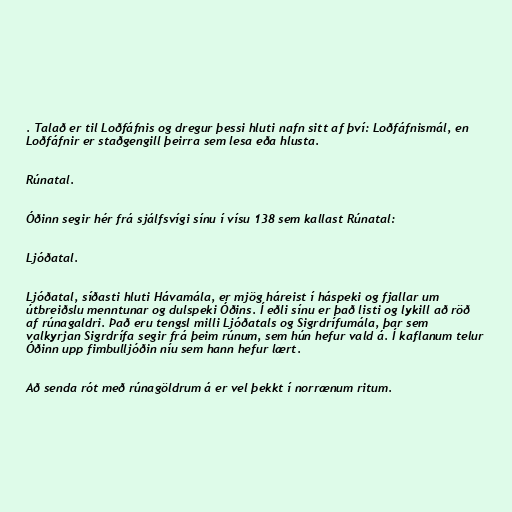
. Talað er til Loðfáfnis og dregur þessi hluti nafn sitt af því: Loðfáfnismál, en
Loðfáfnir er staðgengill þeirra sem lesa eða hlusta.

Rúnatal.

Óðinn segir hér frá sjálfsvígi sínu í vísu 138 sem kallast Rúnatal:

Ljóðatal.

Ljóðatal, síðasti hluti Hávamála, er mjög háreist í háspeki og fjallar um
útbreiðslu menntunar og dulspeki Óðins. Í eðli sínu er það listi og lykill að röð
af rúnagaldri. Það eru tengsl milli Ljóðatals og Sigrdrífumála, þar sem
valkyrjan Sigrdrífa segir frá þeim rúnum, sem hún hefur vald á. Í kaflanum telur
Óðinn upp fimbulljóðin níu sem hann hefur lært.

Að senda rót með rúnagöldrum á er vel þekkt í norrænum ritum.